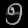
Digit: ၅